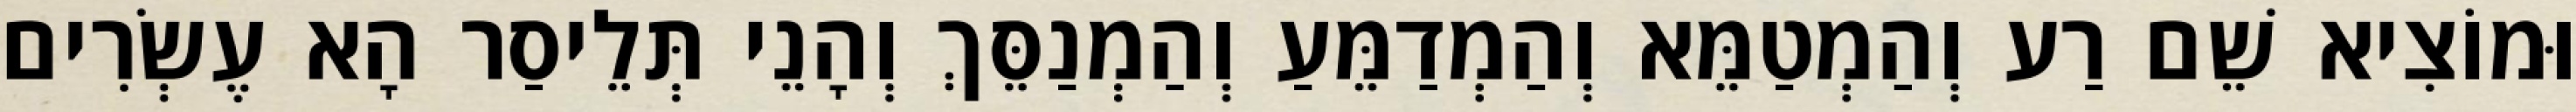
וּמוֹצִיא שֵׁם רַע וְהַמְטַמֵּא וְהַמְדַמֵּעַ וְהַמְנַסֵּךְ וְהָנֵי תְּלֵיסַר הָא עֶשְׂרִים